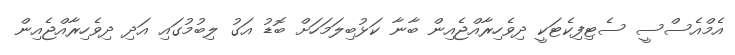
އެމްއެސްސީ ސެޓިފިކެޓަކީ ދިވެހިރާއްޖެއިން ބާނާ ކަޅުބިލަމަހަށް ބޮޑު އަގު ލިބުމުގައި އަދި ދިވެހިރާއްޖެއިން